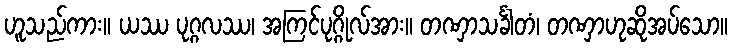
ဟူသည်ကား။ ယဿ ပုဂ္ဂလဿ၊ အကြင်ပုဂ္ဂိုလ်အား။ တဏှာသင်္ခါတံ၊ တဏှာဟုဆိုအပ်သော။